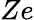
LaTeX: Ze